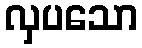
လှပသော